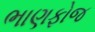
ભાણફોજ